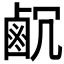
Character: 𪉛